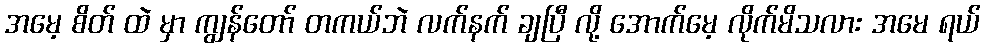
အမေ့ စိတ် ထဲ မှာ ကျွန်တော် တကယ်ဘဲ လက်နက် ချပြီ လို့ အောက်မေ့ လိုက်မိသလား အမေ ရယ်